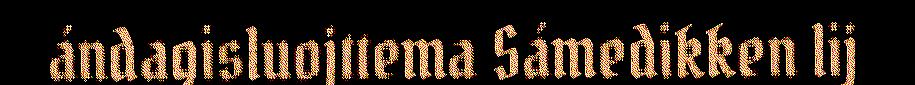
ándagisluojttema Sámedikken lij